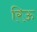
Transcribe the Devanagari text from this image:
रिऊ